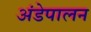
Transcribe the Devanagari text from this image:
अंडेपालन